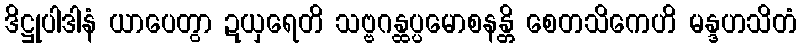
ဒိဋ္ဌုပါဒါနံ ယာပေတွာ ဍယှရေတိ သဗ္ဗဂန္ထပ္ပမောစနန္တိ စေတသိကေဟိ မန္ဒဟသိတံ